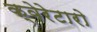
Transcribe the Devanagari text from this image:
क्वेरेटारो